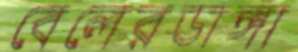
বেলেরডাঙ্গা